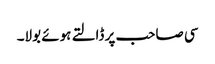
سی صاحب پر ڈالتے ہوئے بولا۔